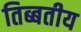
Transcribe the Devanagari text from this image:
तिब्बतीय